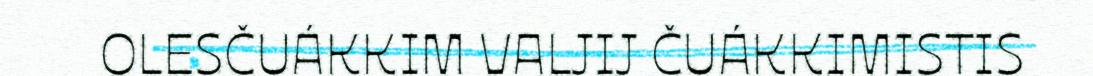
OLESČUÁKKIM VALJIJ ČUÁKKIMISTIS